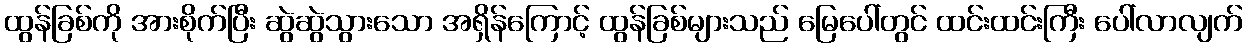
ထွန်ခြစ်ကို အားစိုက်ပြီး ဆွဲဆွဲသွားသော အရှိန်ကြောင့် ထွန်ခြစ်များသည် မြေပေါ်တွင် ထင်းထင်းကြီး ပေါ်လာလျက်